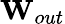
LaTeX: \mathbf{W}_{out}